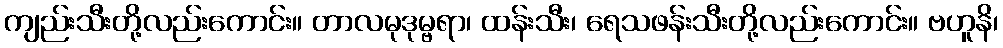
ကျည်းသီးတို့လည်းကောင်း။ တာလမုဒုမ္ဗရာ၊ ထန်းသီး၊ ရေသဖန်းသီးတို့လည်းကောင်း။ ဗဟူနိ၊